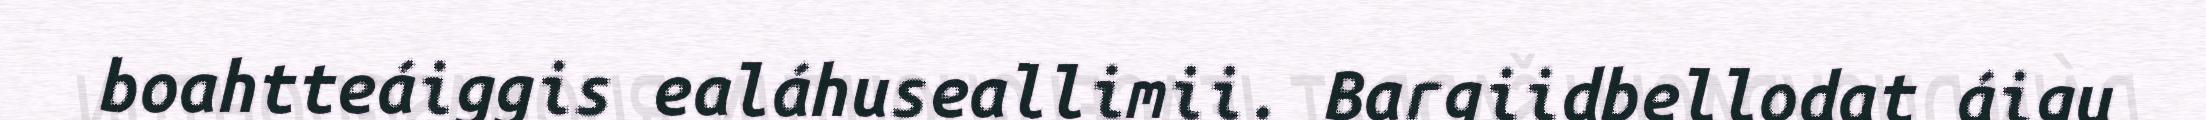
boahtteáiggis ealáhuseallimii. Bargiidbellodat áigu